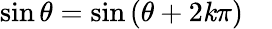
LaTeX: \sin\theta=\sin\left(\theta+2\mathit{k}\pi\right)\quad